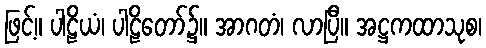
ဖြင့်။ ပါဠိယံ၊ ပါဠိတော်၌။ အာဂတံ၊ လာပြီ။ အဋ္ဌကထာသုစ၊